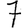
Digit: 7